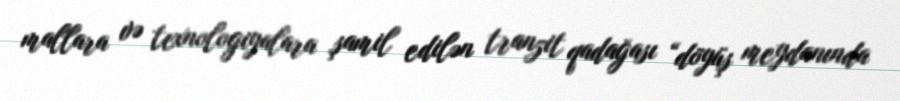
mallara və texnologiyalara şamil edilən tranzit qadağası “döyüş meydanında